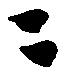
ニ